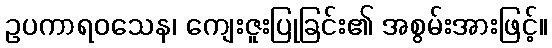
ဥပကာရဝသေန၊ ကျေးဇူးပြုခြင်း၏ အစွမ်းအားဖြင့်။